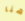
هنا